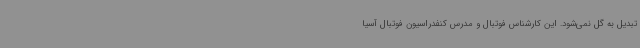
تبدیل به گل نمی‌شود. این کارشناس فوتبال و مدرس کنفدراسیون فوتبال آسیا